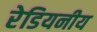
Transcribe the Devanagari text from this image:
रेडियनीय